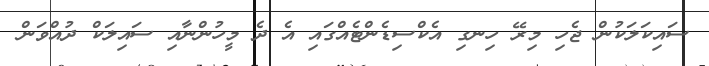
ސައިކަލަކުން ޖެހި މިރޭ ހިނގި އެކްސިޑެންޓެއްގައި އެ ދެ މީހުންނާއި ސައިލަކް ދުއްވަން